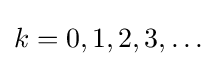
k=0,1,2,3,\dots